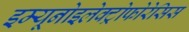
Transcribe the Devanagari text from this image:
इम्यूनोइलेक्ट्रोफोरेसिस